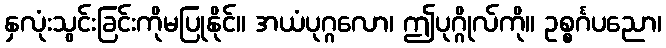
နှလုံးသွင်းခြင်းကိုမပြုနိုင်။ အယံပုဂ္ဂလော၊ ဤပုဂ္ဂိုလ်ကို။ ဥစ္စင်္ဂပညော၊